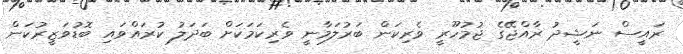
ރައީސް ނަޝީދު ރާއްޖޭގެ ޖުމުހޫރީ ވެރިކަން ބަރުލަމާނީ ވެރިކަމަކަށް ބަދަލު ކުރައްވައި ބޮޑުވަޒީރުކަން